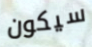
سيكون